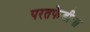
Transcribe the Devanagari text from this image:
परतफेडीचा